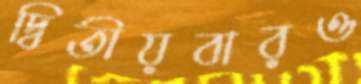
দ্বিতীয়বারও